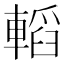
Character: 轁